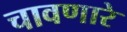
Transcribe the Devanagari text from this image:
चावणारे